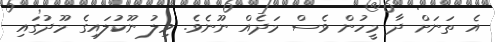
އެ ތަނަށް ދާ މީހުން ވެސް މަދެއް ނޫނެވެ. ވިލު ނޫކުލައިގެ މޫދުގައި